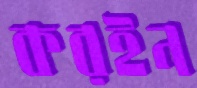
করইন